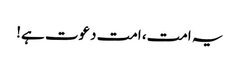
یہ امت، امت دعوت ہے!